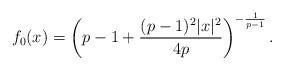
LaTeX: \begin{align*} f_0 (x) = \left( p-1 + \frac{(p-1)^2 |x|^2}{4p}\right)^{-\frac{1}{p-1}}. \end{align*}